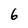
Character: 6